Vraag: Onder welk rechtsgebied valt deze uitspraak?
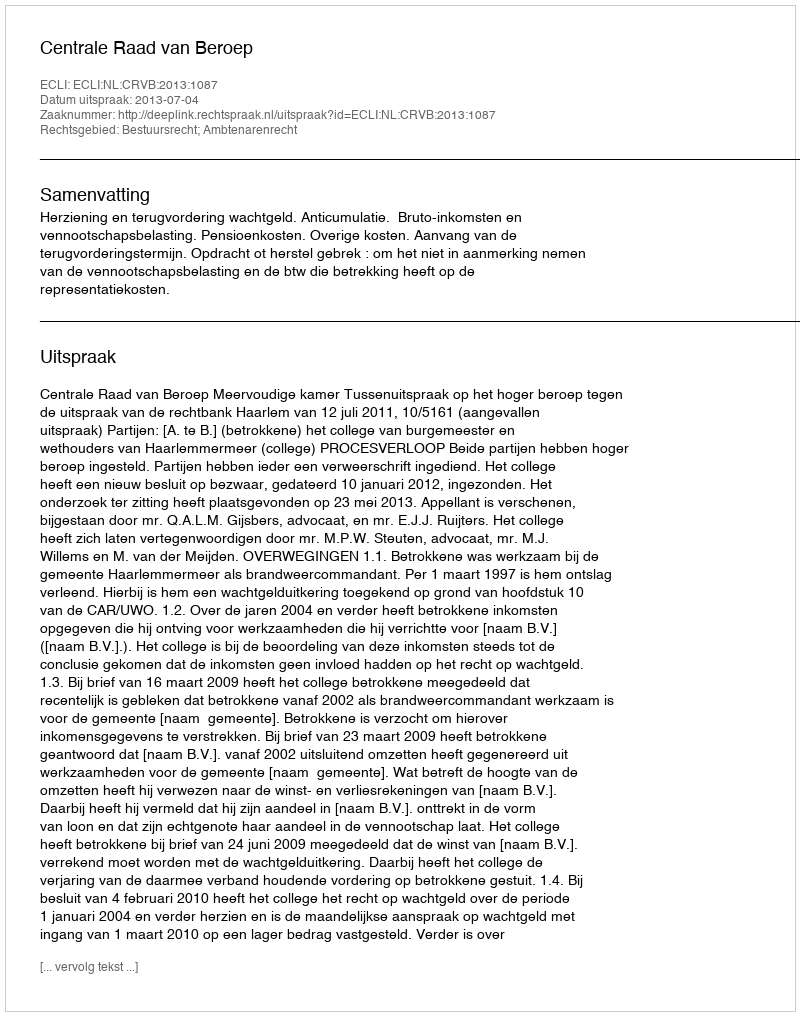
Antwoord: Bestuursrecht; Ambtenarenrecht